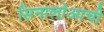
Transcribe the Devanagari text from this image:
सिनालोआची